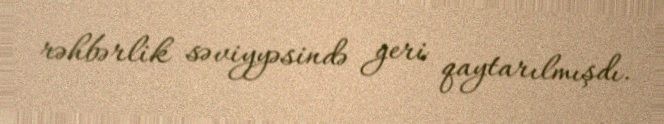
rəhbərlik səviyyəsində geri qaytarılmışdı.